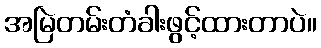
အမြဲတမ်းတံခါးဖွင့်ထားတာပဲ။